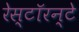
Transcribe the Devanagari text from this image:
रेस्टॉरन्टे